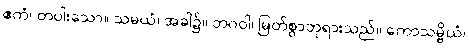
ဧကံ၊ တပါးသော။ သမယံ၊ အခါ၌။ ဘဂဝါ၊ မြတ်စွာဘုရားသည်။ ကောသမ္ဗိယံ၊